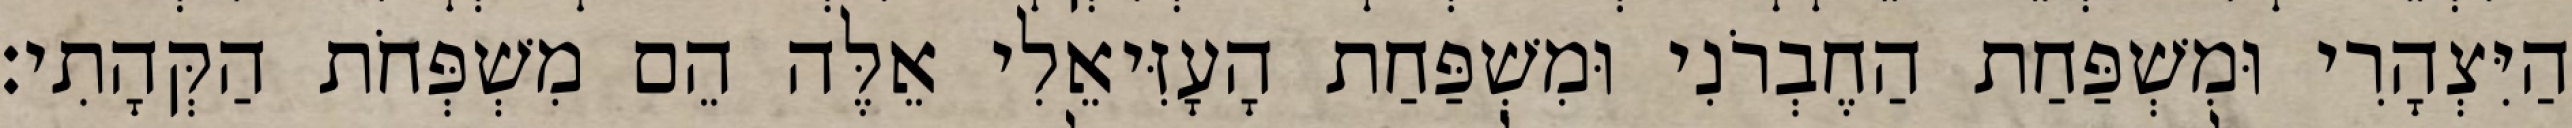
הַיִּצְהָרִי וּמִשְׁפַּחַת הַחֶבְרֹנִי וּמִשְׁפַּחַת הָעָזִּיאֵלִי אֵלֶּה הֵם מִשְׁפְּחֹת הַקְּהָתִי׃